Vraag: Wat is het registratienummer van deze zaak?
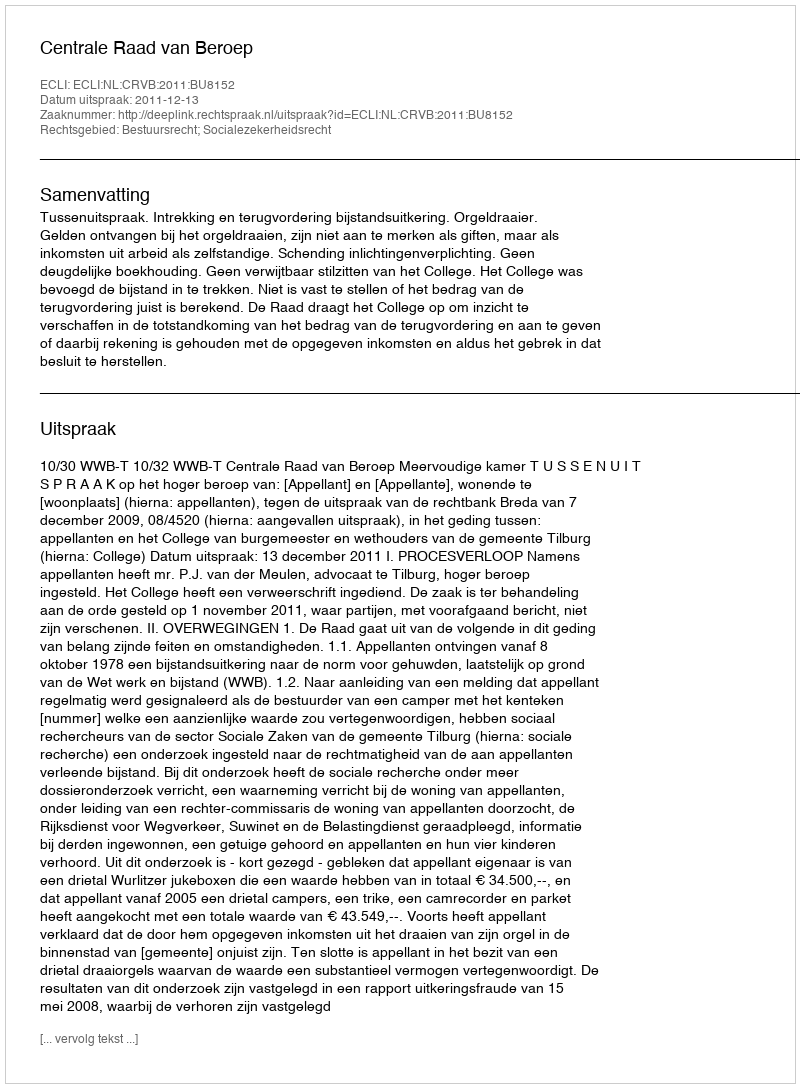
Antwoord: http://deeplink.rechtspraak.nl/uitspraak?id=ECLI:NL:CRVB:2011:BU8152